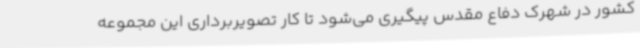
کشور در شهرک دفاع مقدس پیگیری می‌شود تا کار تصویربرداری این مجموعه